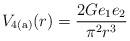
LaTeX: \begin{align*}V_{\rm 4(a)}(r) = \frac{2Ge_1e_2}{\pi^2 r^3}\end{align*}